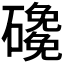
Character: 𱴻